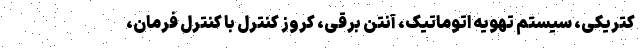
کتریکی، سیستم تهویه اتوماتیک، آنتن برقی، کروز کنترل با کنترل فرمان،